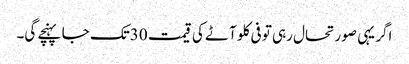
اگر یہی صورتحال رہی تو فی کلو آٹے کی قیمت 30تک جا پہنچے گی۔